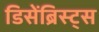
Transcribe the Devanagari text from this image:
डिसेंब्रिस्ट्स